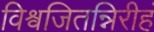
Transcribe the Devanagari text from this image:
विश्वजितन्निरीहं